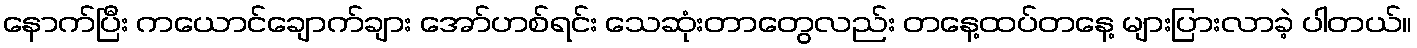
နောက်ပြီး ကယောင်ချောက်ချား အော်ဟစ်ရင်း သေဆုံးတာတွေလည်း တနေ့ထပ်တနေ့ များပြားလာခဲ့ ပါတယ်။